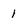
Character: 1